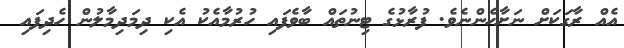
އެއް ރާގަކަށް ނަށާހެންނެވެ. ފުރާޅުގެ ޓިނުތައް ބާވެފައި ހުރުމާއެކު އެކި ދިމަދިމާލުން ހެދިފައި